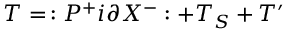
T = \, : P ^ { + } i \partial X ^ { - } : + T _ { S } + T ^ { \prime }